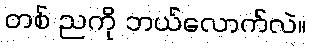
တစ် ညကို ဘယ်လောက်လဲ။